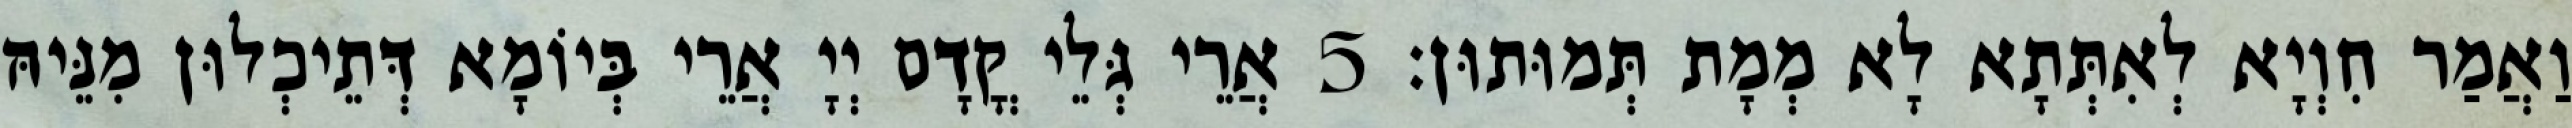
וַאֲמַר חִוְיָא לְאִתְּתָא לָא מְמָת תְּמוּתוּן׃ 5 אֲרֵי גְּלֵי קֳדָם יְיָ אֲרֵי בְּיוֹמָא דְּתֵיכְלוּן מִנֵּיהּ